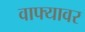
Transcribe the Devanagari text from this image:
वाफ्यावर